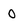
Character: 0